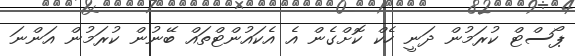
ޕޯސްޓް ކުރަމުން ދަނީ ހެކް ކޮށްގެން އެ އެކައުންޓްތައް ބޭނުން ކުރަމުން އަންނަ